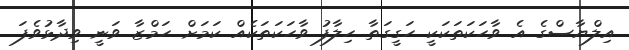
އިލްޔާސްގެ އެ ވާހަކަތަކަކީ ހަގީގަތާ ހިލާފު ވާހަކަތަކެއް ކަމަށް ހަމްޒާ ވަނީ ވިދާޅުވެފަ